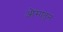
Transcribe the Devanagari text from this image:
औसातून